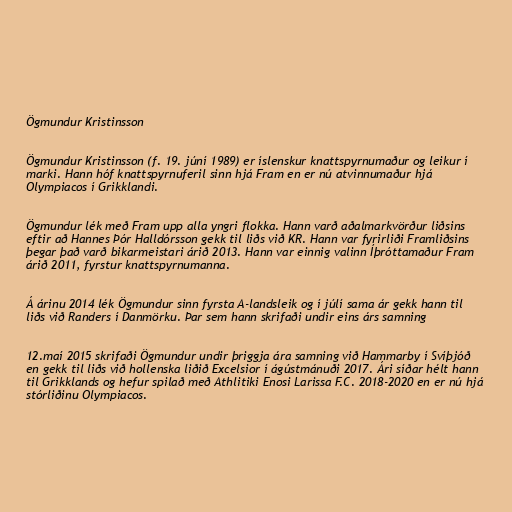
Ögmundur Kristinsson

Ögmundur Kristinsson (f. 19. júní 1989) er íslenskur knattspyrnumaður og leikur í
marki. Hann hóf knattspyrnuferil sinn hjá Fram en er nú atvinnumaður hjá
Olympiacos í Grikklandi.

Ögmundur lék með Fram upp alla yngri flokka. Hann varð aðalmarkvörður liðsins
eftir að Hannes Þór Halldórsson gekk til liðs við KR. Hann var fyrirliði Framliðsins
þegar það varð bikarmeistari árið 2013. Hann var einnig valinn Íþróttamaður Fram
árið 2011, fyrstur knattspyrnumanna.

Á árinu 2014 lék Ögmundur sinn fyrsta A-landsleik og í júlí sama ár gekk hann til
liðs við Randers í Danmörku. Þar sem hann skrifaði undir eins árs samning

12.maí 2015 skrifaði Ögmundur undir þriggja ára samning við Hammarby í Svíþjóð
en gekk til liðs við hollenska liðið Excelsior í ágústmánuði 2017. Ári síðar hélt hann
til Grikklands og hefur spilað með Athlitiki Enosi Larissa F.C. 2018-2020 en er nú hjá
stórliðinu Olympiacos.